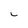
Character: G